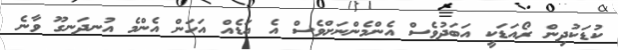
ކުޑަކުދިން ރޯއަޑަކީ އަބަދުވެސް އެންމެންނަށްވެސް އެ އަޑެއް އަހަން އެންމެ އުނދަނގޫ ވާނެ